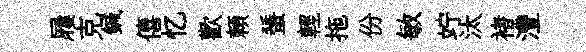
屨克鍼僖忆歡頼蜑輕拖份敏竚汰褚灃